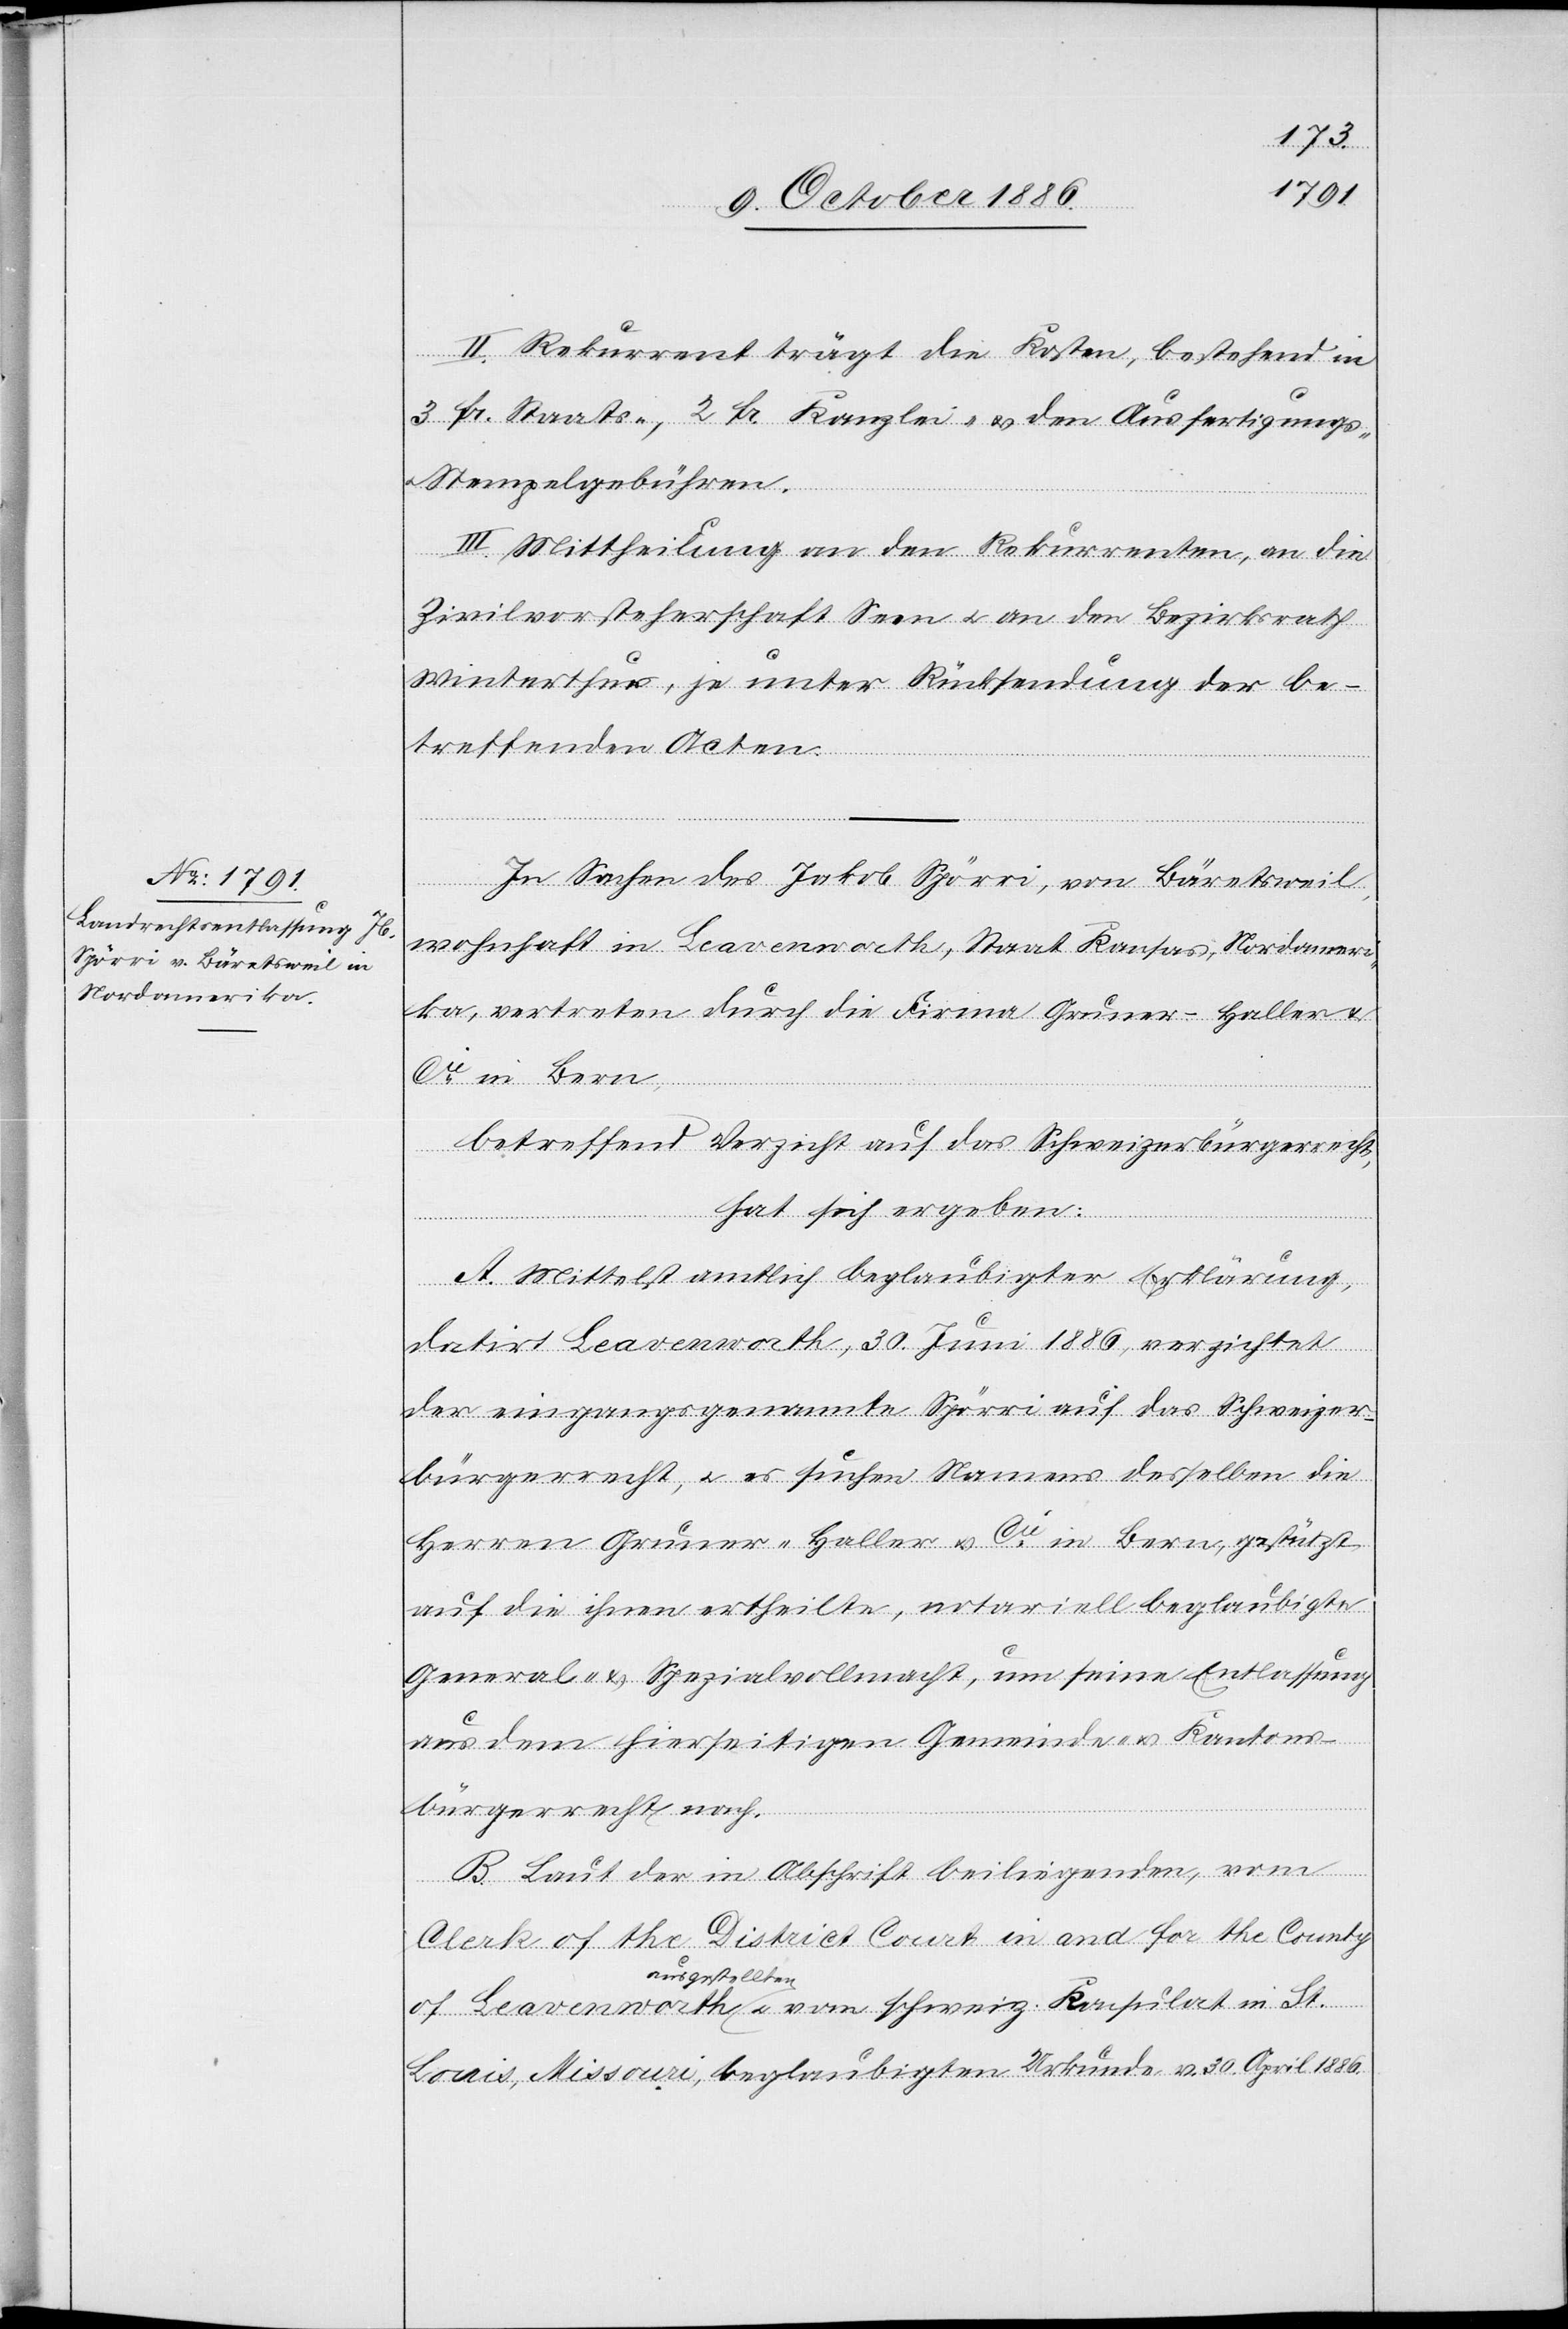
St.
II. Rekurrent trägt die Kosten, bestehend in
3 Fr. Staats-, 2 Fr. Kanzlei- & den Ausfertigungs-
Stempelgebühren.
III. Mittheilung an den Rekurrenten, an die
Zivilvorsteherschaft Seen & an den Bezirksrath
Winterthur, je unter Rücksendung der be¬
treffenden Acten.
In Sachen des Jakob Spörri, von Bäretsweil,
wohnhaft in Leavenworth, Staat Kansas, Nordameri¬
ka, vertreten durch die Firma Gruner-Haller &
Cie in Bern,
betreffend Verzicht auf das Schweizerbürgerrecht,
hat sich ergeben:
in
A. Mittelst amtlich beglaubigter Erklärung,
datirt Leavenworth, 30. Juni 1886, verzichtet
der eingangs genannte Spörri auf das Schweizer¬
bürgerrecht, & es suchen Namens desselben die
Herren Gruner-Haller & Cie in Bern, gestützt
auf die ihnen ertheilte, notariell beglaubigte
General- & Spezialvollmacht, um seine Entlassung
aus dem hierseitigen Gemeinde- & Kantons¬
bürgerrecht nach.
B. Laut der in Abschrift beiliegenden, vom
Clerk of the District Court in and for the County
ausgestellten
Louis, Missouri, beglaubigten Urkunde v. 30. April 1886